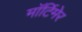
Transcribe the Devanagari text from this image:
माॅर्टिमेर